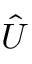
\hat { U }